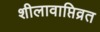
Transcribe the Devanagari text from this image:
शीलावाप्तिव्रत